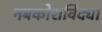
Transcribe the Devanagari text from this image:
नबकोशविद्या